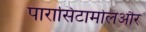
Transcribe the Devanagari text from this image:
पारासिटामोलऔर